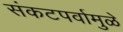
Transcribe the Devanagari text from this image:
संकटपर्वामुळे